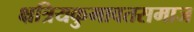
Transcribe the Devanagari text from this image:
क्षत्रियकुमावतसमाज